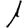
Digit: 1